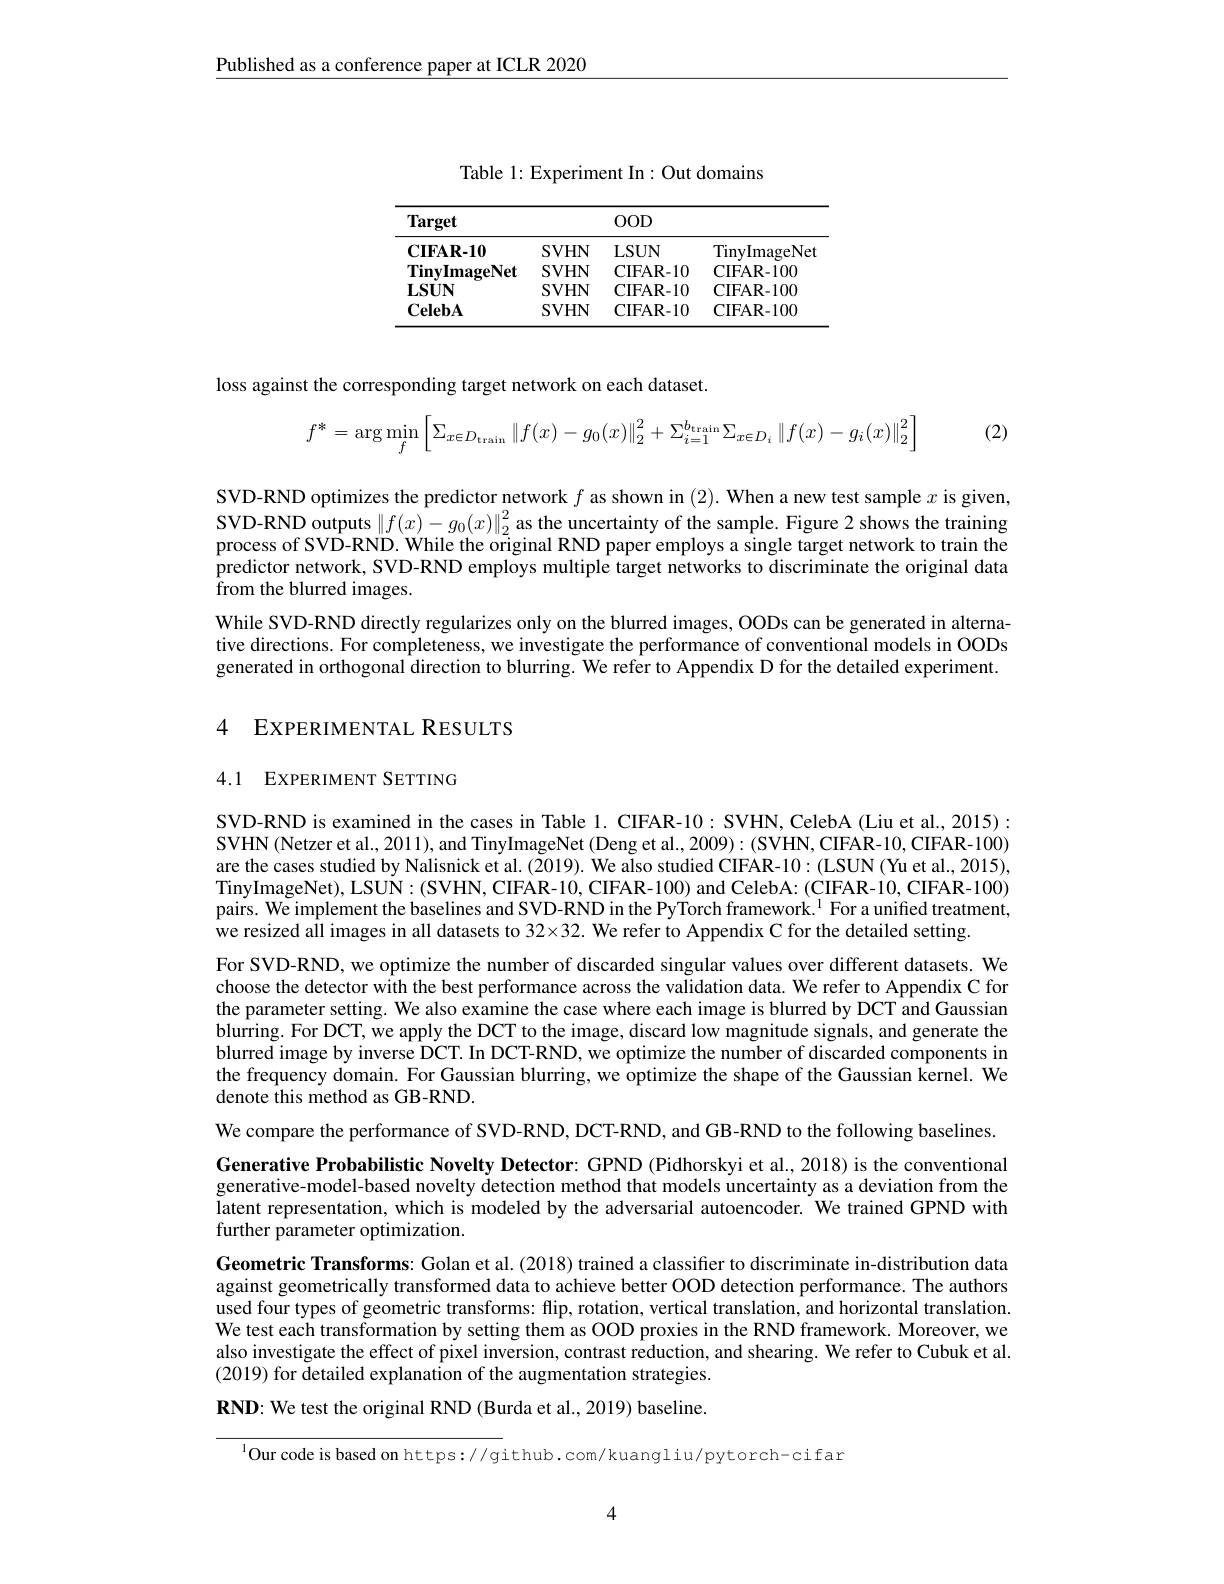
$\underline{\text{Published as a conference paper at ICLR 2020}}$

Table 1: Experiment In: Out domains

<table>
	<tbody>
		<tr>
			<th>Target</th>
			<th> </th>
			<th>$OOD$</th>
			<th> </th>
		</tr>
		<tr>
			<th>$\mathbf{CIFAR-10}$</th>
			<th>SVHN</th>
			<th>LSUN</th>
			<th>TinyImageNet</th>
		</tr>
		<tr>
			<td>TinvImageNet</td>
			<td>SVHN</td>
			<td>CIFAR- 10</td>
			<td>$\mathbf{CIFAR-100}$</td>
		</tr>
		<tr>
			<td>$\mathbf{LSUN}$</td>
			<td>SVHN</td>
			<td>CIFAR- 10</td>
			<td>$\mathbf{CIFAR-100}$</td>
		</tr>
		<tr>
			<td>$\mathbf{CelebA}$</td>
			<td>SVHN</td>
			<td>CIFAR- 10</td>
			<td>$\mathbf{CIFAR-100}$</td>
		</tr>
	</tbody>
</table>

loss against the corresponding target network on each dataset.

(2)
$$f^*=\arg\min_f\left[\Sigma_{x\in D_{\mathrm{train}}}\left\|f(x)-g_0(x)\right\|_2^2+\Sigma_{i=1}^{b_{\mathrm{train}}}\Sigma_{x\in D_i}\left\|f(x)-g_i(x)\right\|_2^2\right]$$
SVD-RND optimizes the predictor network $f$ as shown in (2). When a new test sample $x$ is given, SVD-RND outputs $\left\|f(x)-g_0(x)\right\|_2^2$ as the uncertainty of the sample. Figure 2 shows the training process of SVD-RND. While the original RND paper employs a single target network to train the predictor network, SVD-RND employs multiple target networks to discriminate the original data ${\mathrm{from~the~blurred~images.}}$
While SVD-RND directly regularizes only on the blurred images, OODs can be generated in alternative directions. For completeness, we investigate the performance of conventional models in OODs generated in orthogonal direction to blurring. We refer to Appendix D for the detailed experiment.

## 4 EXPERIMENTAL RESULTS

## 4.1 EXPERIMENT SETTING

SVD-RND is examined in the cases in Table 1. CIFAR-10: SVHN, CelebA (Liu et al., 2015): SVHN (Netzer et al., 2011), and TinyImageNet (Deng et al., 2009): (SVHN, CIFAR-10, CIFAR-100) are the cases studied by Nalisnick et al. (2019). We also studied CIFAR-10: (LSUN (Yu et al., 2015), TinyImageNet), LSUN: (SVHN, CIFAR-10, CIFAR-100) and CelebA: (CIFAR-10, CIFAR-100) pairs. We implement the baselines and SVD-RND in the PyTorch framework. $^{1}$ For a unified treatment, we resized all images in all datasets to $32\times32.$ We refer to Appendix C for the detailed setting.
For SVD-RND, we optimize the number of discarded singular values over different datasets. We choose the detector with the best performance across the validation data. We refer to Appendix C for the parameter setting. We also examine the case where each image is blurred by DCT and Gaussian blurring. For DCT, we apply the DCT to the image, discard low magnitude signals, and generate the blurred image by inverse DCT. In DCT-RND, we optimize the number of discarded components in the frequency domain. For Gaussian blurring, we optimize the shape of the Gaussian kernel. We denote this method as GB-RND.
We compare the performance of SVD-RND, DCT-RND, and GB-RND to the following baselines. Generative Probabilistic Novelty Detector: GPND (Pidhorskyi et al., 2018) is the conventional generative-model-based novelty detection method that models uncertainty as a deviation from the latent representation, which is modeled by the adversarial autoencoder. We trained GPND with further parameter optimization.
Geometric Transforms: Golan et al. (2018) trained a classiffer to discriminate in-distribution data against geometrically transformed data to achieve better OOD detection performance. The authors used four types of geometric transforms: flip, rotation, vertical translation, and horizontal translation. We test each transformation by setting them as OOD proxies in the RND framework. Moreover, we also investigate the effect of pixel inversion, contrast reduction, and shearing. We refer to Cubuk et al. (2019) for detailed explanation of the augmentation strategies. $\mathbf{RND:We~test~the~original~RND~(Burda~et~al.,~2019)~baseline.}$

$^{\text{l}}$Our code is based on https://github.com/kuangliu/pytorch-cifar

4